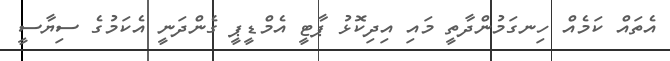
އެތައް ކަމެއް ހިނގަމުންދާތީ މައި އިދިކޮޅު ޕާޓީ އެމްޑީޕީ ގެންދަނީ އެކަމުގެ ސިޔާސީ